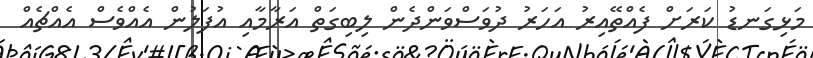
މަޅިގަނޑު ކަރަށް ފެއްތޭއިރު އަހަރު ދުވަސްވަންދެން ލިބިގަތް އަރާމާއި އުފަލުން އެއްވެސް އެއްޗެއް